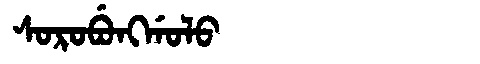
Manchu: ᠰᠣᡵᠣᠪᡠᠩᡤᠣᠯᠣ
Romanization: SOROBUNGGOLO